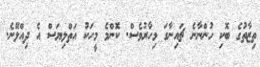
ތިޒާތުގެ ބޮކި ހުންނާނެ ޗައިނާގަ މިހާރުވެސް. ކޮންމެ މީހަކު އަތްލިޔަސް އެ ދިއްލޭނެ.